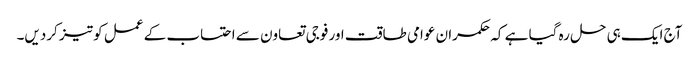
آج ایک ہی حل رہ گیا ہے کہ حکمران عوامی طاقت اور فوجی تعاون سے احتساب کے عمل کو تیز کردیں۔